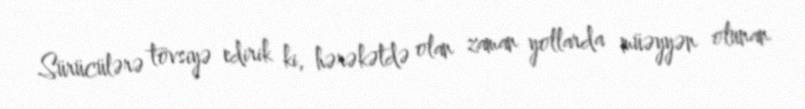
Sürücülərə tövsiyə edirik ki, hərəkətdə olan zaman yollarda müəyyən olunan